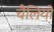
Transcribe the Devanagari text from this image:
चैलियों